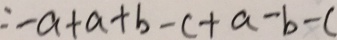
= - a + a + b - c + a - b - c